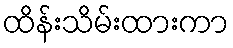
ထိန်းသိမ်းထားကာ